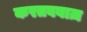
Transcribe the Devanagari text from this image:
करतबबाज़